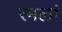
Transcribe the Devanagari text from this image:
रमलां